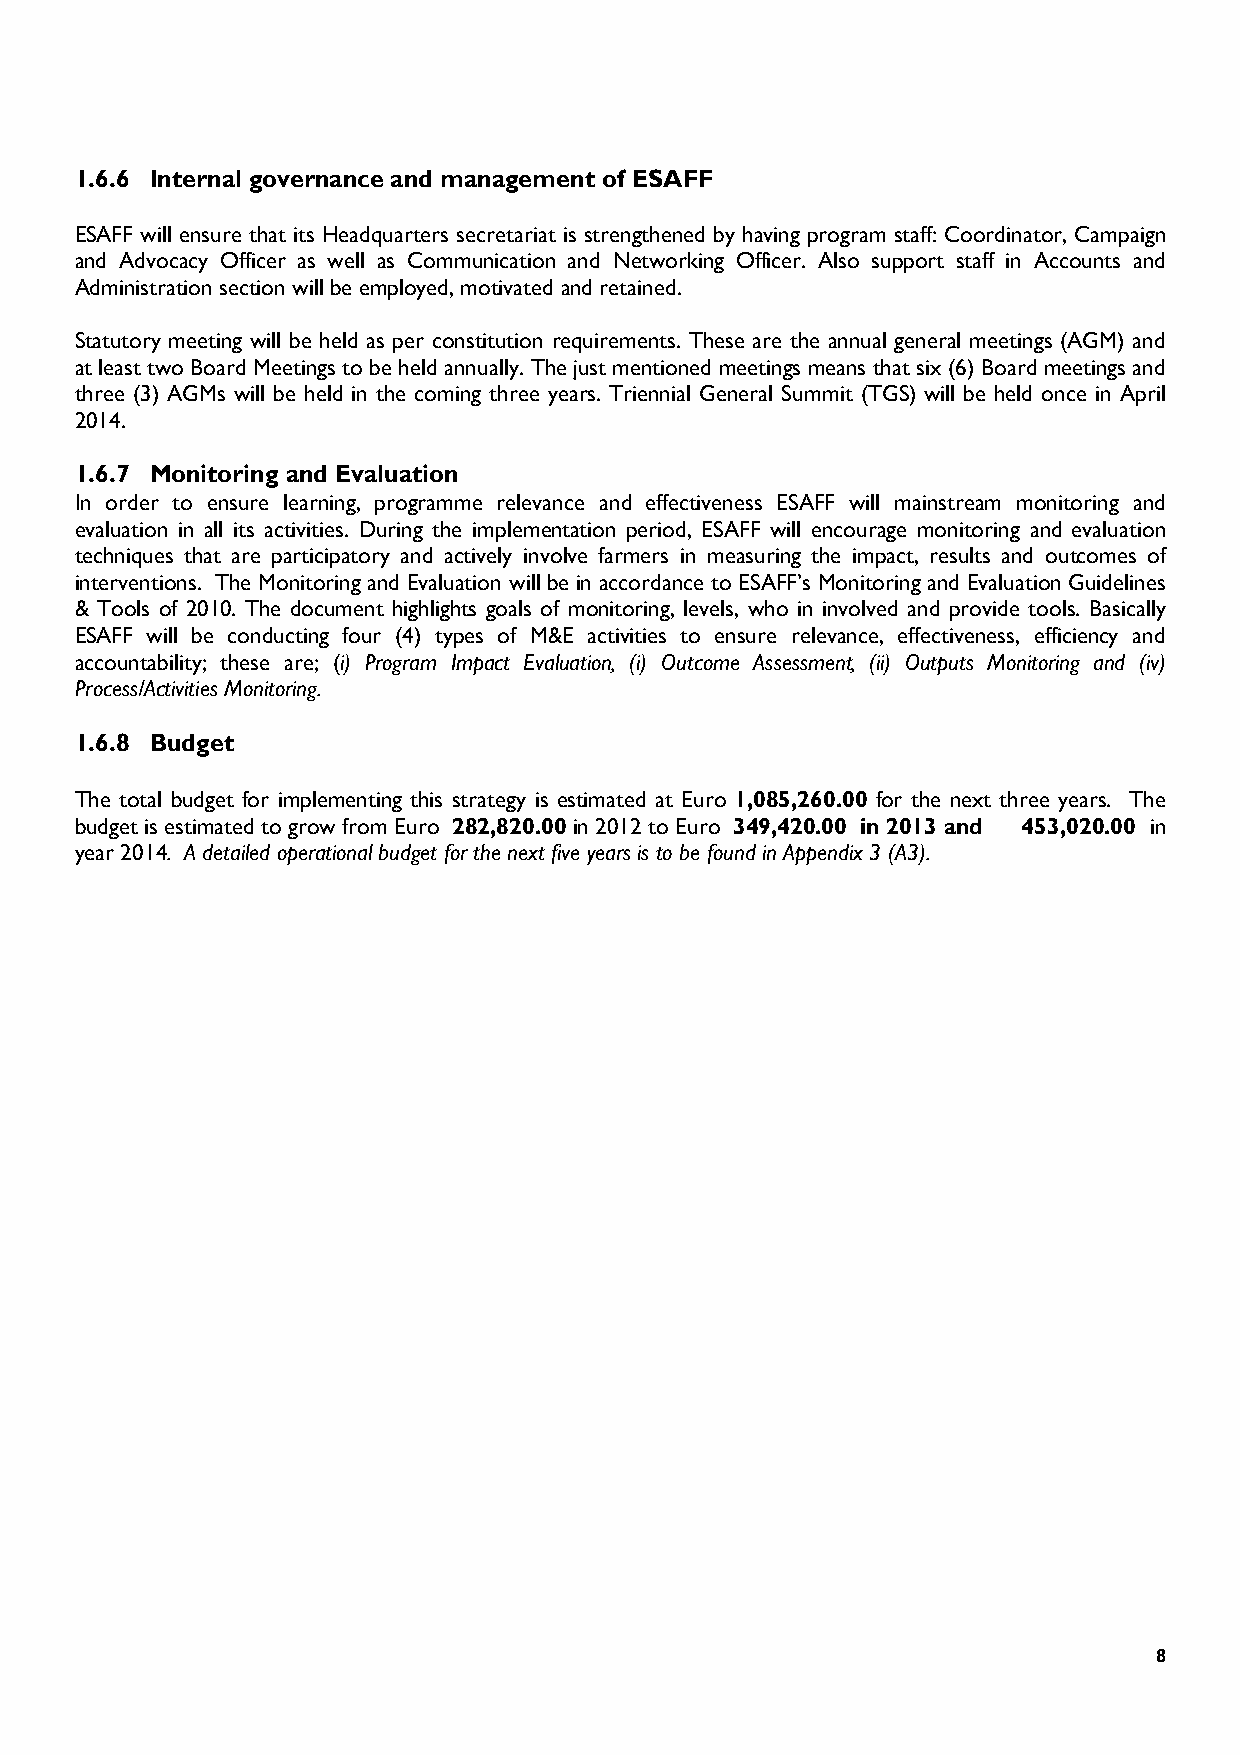
1.6.6 Internal governance and management of ESAFF
 ESAFF will ensure that its Headquarters secretariat is strengthened by having program staff: Coordinator, Campaign
 and Advocacy Officer as well as Communication and Networking Officer. Also support staff in Accounts and
 Administration section will be employed, motivated and retained.
 Statutory meeting will be held as per constitution requirements. These are the annual general meetings (AGM) and
 at least two Board Meetings to be held annually. The just mentioned meetings means that six (6) Board meetings and
 three (3) AGMs will be held in the coming three years. Triennial General Summit (TGS) will be held once in April
 2014.
 1.6.7 Monitoring and Evaluation
 In order to ensure learning, programme relevance and effectiveness ESAFF will mainstream monitoring and
 evaluation in all its activities. During the implementation period, ESAFF will encourage monitoring and evaluation
 techniques that are participatory and actively involve farmers in measuring the impact, results and outcomes of
 interventions. The Monitoring and Evaluation will be in accordance to ESAFF’s Monitoring and Evaluation Guidelines
 & Tools of 2010. The document highlights goals of monitoring, levels, who in involved and provide tools. Basically
 ESAFF will be conducting four (4) types of M&E activities to ensure relevance, effectiveness, efficiency and
 accountability; these are; (i) Program Impact Evaluation, (i) Outcome Assessment, (ii) Outputs Monitoring and (iv)
 Process/Activities Monitoring.
 1.6.8 Budget
 The total budget for implementing this strategy is estimated at Euro 1,085,260.00 for the next three years. The
 budget is estimated to grow from Euro 282,820.00 in 2012 to Euro 349,420.00 in 2013 and 453,020.00 in
 year 2014. A detailed operational budget for the next five years is to be found in Appendix 3 (A3).
 8